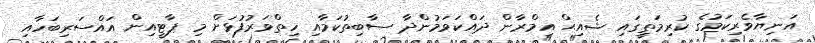
އަނިޔާވެރިކަމުގެ ކުރިމަތީގައި ޝެއިޙް އިމްރާން ދައްކަވަމުންދާ ސާބިތުކަމާއި ހިތްވަރުފުޅަށް މި ޕާޓީއިން އައްސަރިބަހާއި